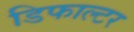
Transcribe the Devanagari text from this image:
डिफाल्टर